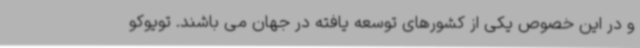
و در این خصوص یکی از کشورهای توسعه یافته در جهان می باشند. تویوکو